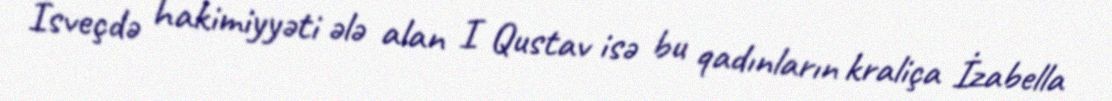
İsveçdə hakimiyyəti ələ alan I Qustav isə bu qadınların kraliça İzabella